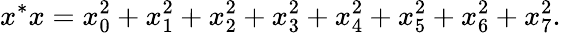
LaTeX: x^{*}x=x_{0}^{2}+x_{1}^{2}+x_{2}^{2}+x_{3}^{2}+x_{4}^{2}+x_{5}^{2}+x_{6}^{2}+x_{7}^{2}.